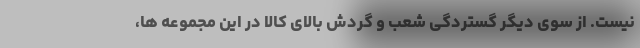
نیست. از سوی دیگر گستردگی شعب و گردش بالای کالا در این مجموعه ها،